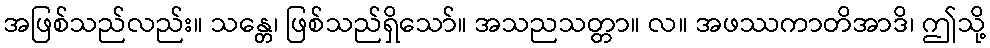
အဖြစ်သည်လည်း။ သန္တေ၊ ဖြစ်သည်ရှိသော်။ အသညသတ္တာ။ လ။ အဖဿကာတိအာဒိ၊ ဤသို့